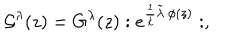
{ \cal G } ^ { \lambda } ( z ) = { G } ^ { \lambda } ( z ) : e ^ { \frac 1 { k } \tilde { \lambda } \cdot \phi ( z ) } : ,